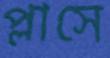
প্লাসে